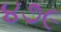
૪૭૯